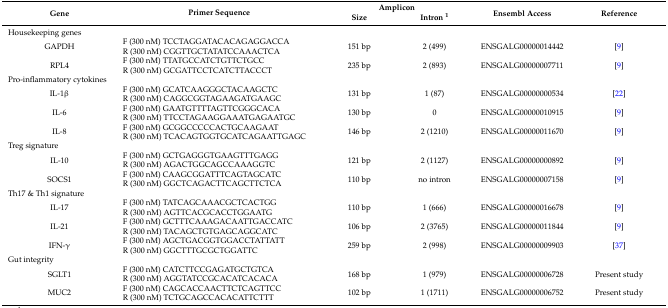
<table><thead><tr><td rowspan="2"><b>Gene</b></td><td rowspan="2"><b>Primer Sequence</b></td><td colspan="2"><b>Amplicon</b></td><td rowspan="2"><b>Ensembl Access</b></td><td rowspan="2"><b>Reference</b></td></tr><tr><td><b>Size</b></td><td><b>Intron <sup>1</sup></b></td></tr></thead><tbody><tr><td colspan="6">Housekeeping genes</td></tr><tr><td>GAPDH</td><td>F (300 nM) TCCTAGGATACACAGAGGACCAR (300 nM) CGGTTGCTATATCCAAACTCA</td><td>151 bp</td><td>2 (499)</td><td>ENSGALG00000014442</td><td>[9]</td></tr><tr><td>RPL4</td><td>F (300 nM) TTATGCCATCTGTTCTGCCR (300 nM) GCGATTCCTCATCTTACCCT</td><td>235 bp</td><td>2 (893)</td><td>ENSGALG00000007711</td><td>[9]</td></tr><tr><td colspan="6">Pro-inflammatory cytokines</td></tr><tr><td>IL-1β</td><td>F (300 nM) GCATCAAGGGCTACAAGCTCR (300 nM) CAGGCGGTAGAAGATGAAGC</td><td>131 bp</td><td>1 (87)</td><td>ENSGALG00000000534</td><td>[22]</td></tr><tr><td>IL-6</td><td>F (300 nM) GAATGTTTTAGTTCGGGCACAR (300 nM) TTCCTAGAAGGAAATGAGAATGC</td><td>130 bp</td><td>0</td><td>ENSGALG00000010915</td><td>[9]</td></tr><tr><td>IL-8</td><td>F (300 nM) GCGGCCCCCACTGCAAGAATR (300 nM) TCACAGTGGTGCATCAGAATTGAGC</td><td>146 bp</td><td>2 (1210)</td><td>ENSGALG00000011670</td><td>[9]</td></tr><tr><td colspan="6">Treg signature</td></tr><tr><td>IL-10</td><td>F (300 nM) GCTGAGGGTGAAGTTTGAGGR (300 nM) AGACTGGCAGCCAAAGGTC</td><td>121 bp</td><td>2 (1127)</td><td>ENSGALG00000000892</td><td>[9]</td></tr><tr><td>SOCS1</td><td>F (300 nM) CAAGCGGATTTCAGTAGCATCR (300 nM) GGCTCAGACTTCAGCTTCTCA</td><td>110 bp</td><td>no intron</td><td>ENSGALG00000007158</td><td>[9]</td></tr><tr><td colspan="6">Th17 &amp; Th1 signature</td></tr><tr><td>IL-17</td><td>F (300 nM) TATCAGCAAACGCTCACTGGR (300 nM) AGTTCACGCACCTGGAATG</td><td>110 bp</td><td>1 (666)</td><td>ENSGALG00000016678</td><td>[9]</td></tr><tr><td>IL-21</td><td>F (300 nM) GCTTTCAAAGACAATTGACCATCR (300 nM) TACAGCTGTGAGCAGGCATC</td><td>106 bp</td><td>2 (3765)</td><td>ENSGALG00000011844</td><td>[9]</td></tr><tr><td>IFN-γ</td><td>F (300 nM) AGCTGACGGTGGACCTATTATTR (300 nM) GGCTTTGCGCTGGATTC</td><td>259 bp</td><td>2 (998)</td><td>ENSGALG00000009903</td><td>[37]</td></tr><tr><td colspan="6">Gut integrity</td></tr><tr><td>SGLT1</td><td>F (300 nM) CATCTTCCGAGATGCTGTCAR (300 nM) AGGTATCCGCACATCACACA</td><td>168 bp</td><td>1 (979)</td><td>ENSGALG00000006728</td><td>Present study</td></tr><tr><td>MUC2</td><td>F (300 nM) CAGCACCAACTTCTCAGTTCCR (300 nM) TCTGCAGCCACACATTCTTT</td><td>102 bp</td><td>1 (1711)</td><td>ENSGALG00000006752</td><td>Present study</td></tr></tbody></table>